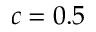
c = 0 . 5